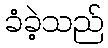
ခံခဲ့သည်